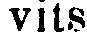
vits.